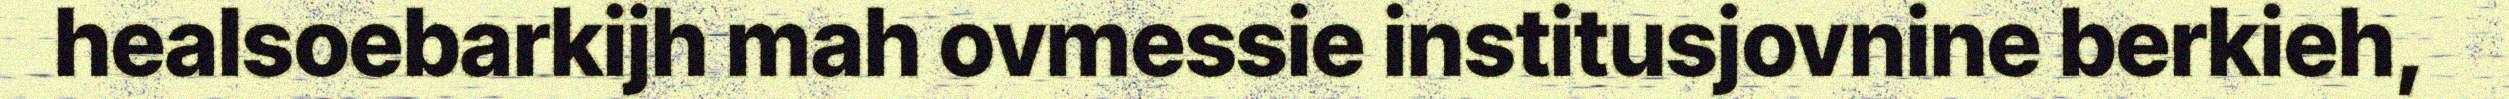
healsoebarkijh mah ovmessie institusjovnine berkieh,